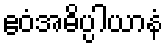
ဧဝံအဓိပ္ပါယာနံ